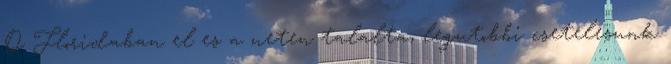
O Floridaban el es a neten talalta, legutobbi csetelesunk